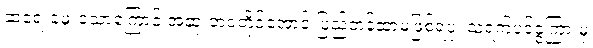
ဆဲရေးခဲ့ဖူးသောကြောင့် အဆုံးဘဝတိုင်အောင် ပြည့်တန်ဆာမဖြစ်ရပုံ၊ သရက်ပင်ခွကြားမှ